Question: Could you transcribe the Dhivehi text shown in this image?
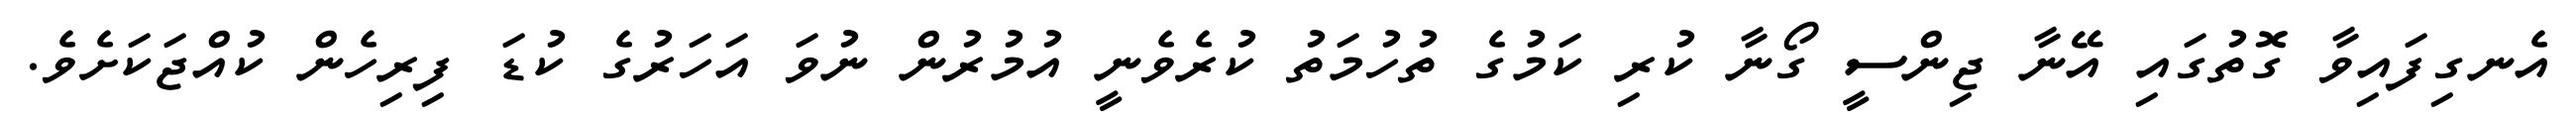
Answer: އެނގިފައިވާ ގޮތުގައި އޭނާ ޖިންސީ ގޯނާ ކުރި ކަމުގެ ތުހުމަތު ކުރެވެނީ އުމުރުން ނުވަ އަހަރުގެ ކުޑަ ފިރިހެން ކުއްޖަކަށެވެ.